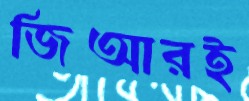
জিআরই